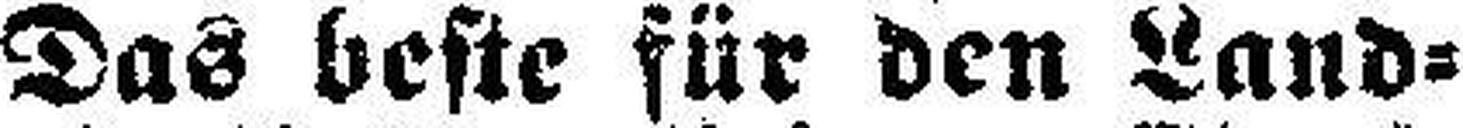
Das beste für den Land¬